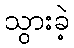
သွားခဲ့